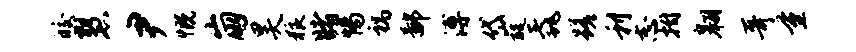
皎慧尹慨崩昊狼睹惕祸鄙溥岱醍毳蹉利志拊翱哥量